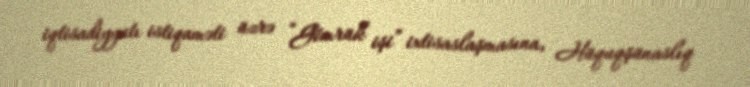
iqtisadiyyatı istiqaməti üzrə “Gömrük işi” ixtisaslaşmasına, Hüquqşünaslıq